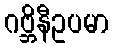
ဂဗ္ဘိနီဥပမာ